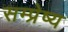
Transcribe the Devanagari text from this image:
सम्प्रेष्य